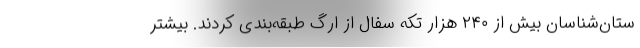
ستان‌شناسان بیش از ۲۴۰ هزار تکه سفال از ارگ طبقه‌بندی کردند. بیشتر